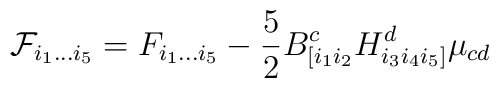
{\cal F}_{i_1 \dots i_5} = F_{i_1 \dots i_5} - \frac{5}{2}B^c_{[i_1 i_2} H^d_{i_3 i_4 i_5]} \mu_{cd}